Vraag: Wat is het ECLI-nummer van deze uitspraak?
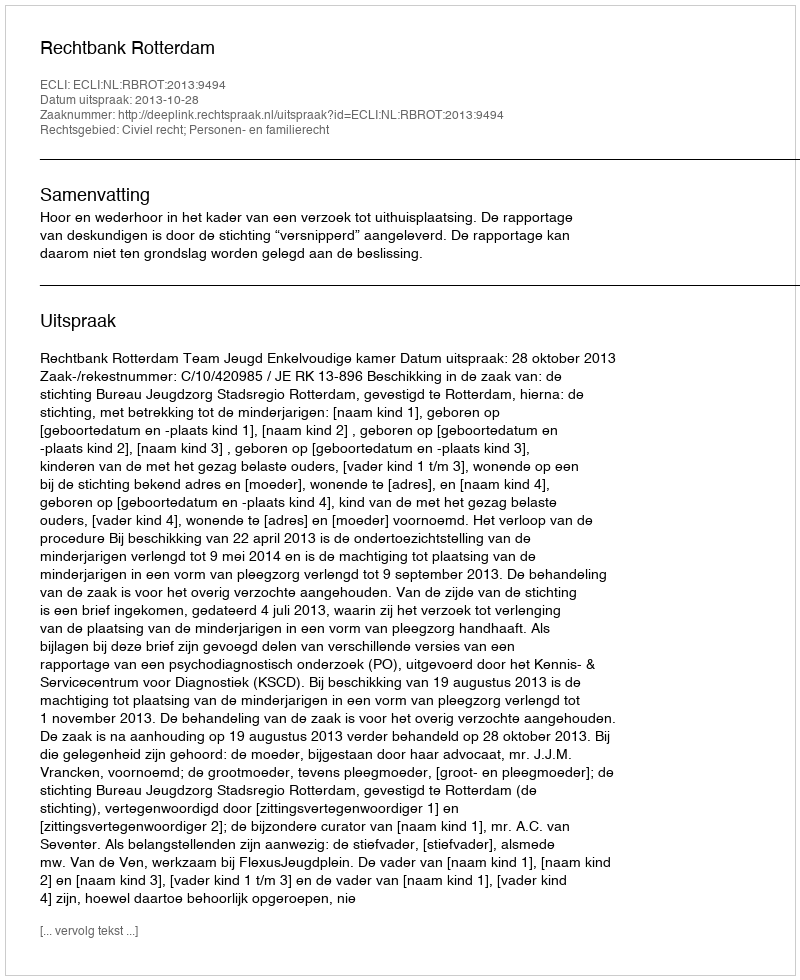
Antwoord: ECLI:NL:RBROT:2013:9494